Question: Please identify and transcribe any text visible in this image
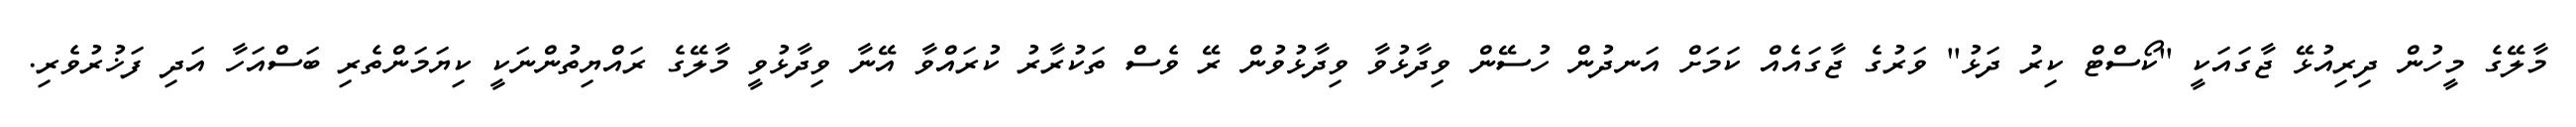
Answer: މާލޭގެ މީހުން ދިރިއުޅޭ ޖާގައަކީ ''ކޯސްޓް ކިރު ދަޅު'' ވަރުގެ ޖާގައެއް ކަމަށް އަނދުން ހުސޭން ވިދާޅުވާ ވިދާޅުވުން ރޭ ވެސް ތަކުރާރު ކުރައްވާ އޭނާ ވިދާޅުވީ މާލޭގެ ރައްޔިތުންނަކީ ކިޔަމަންތެރި ބަސްއަހާ އަދި ފަޚުރުވެރި.